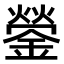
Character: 鎣